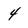
Character: 4